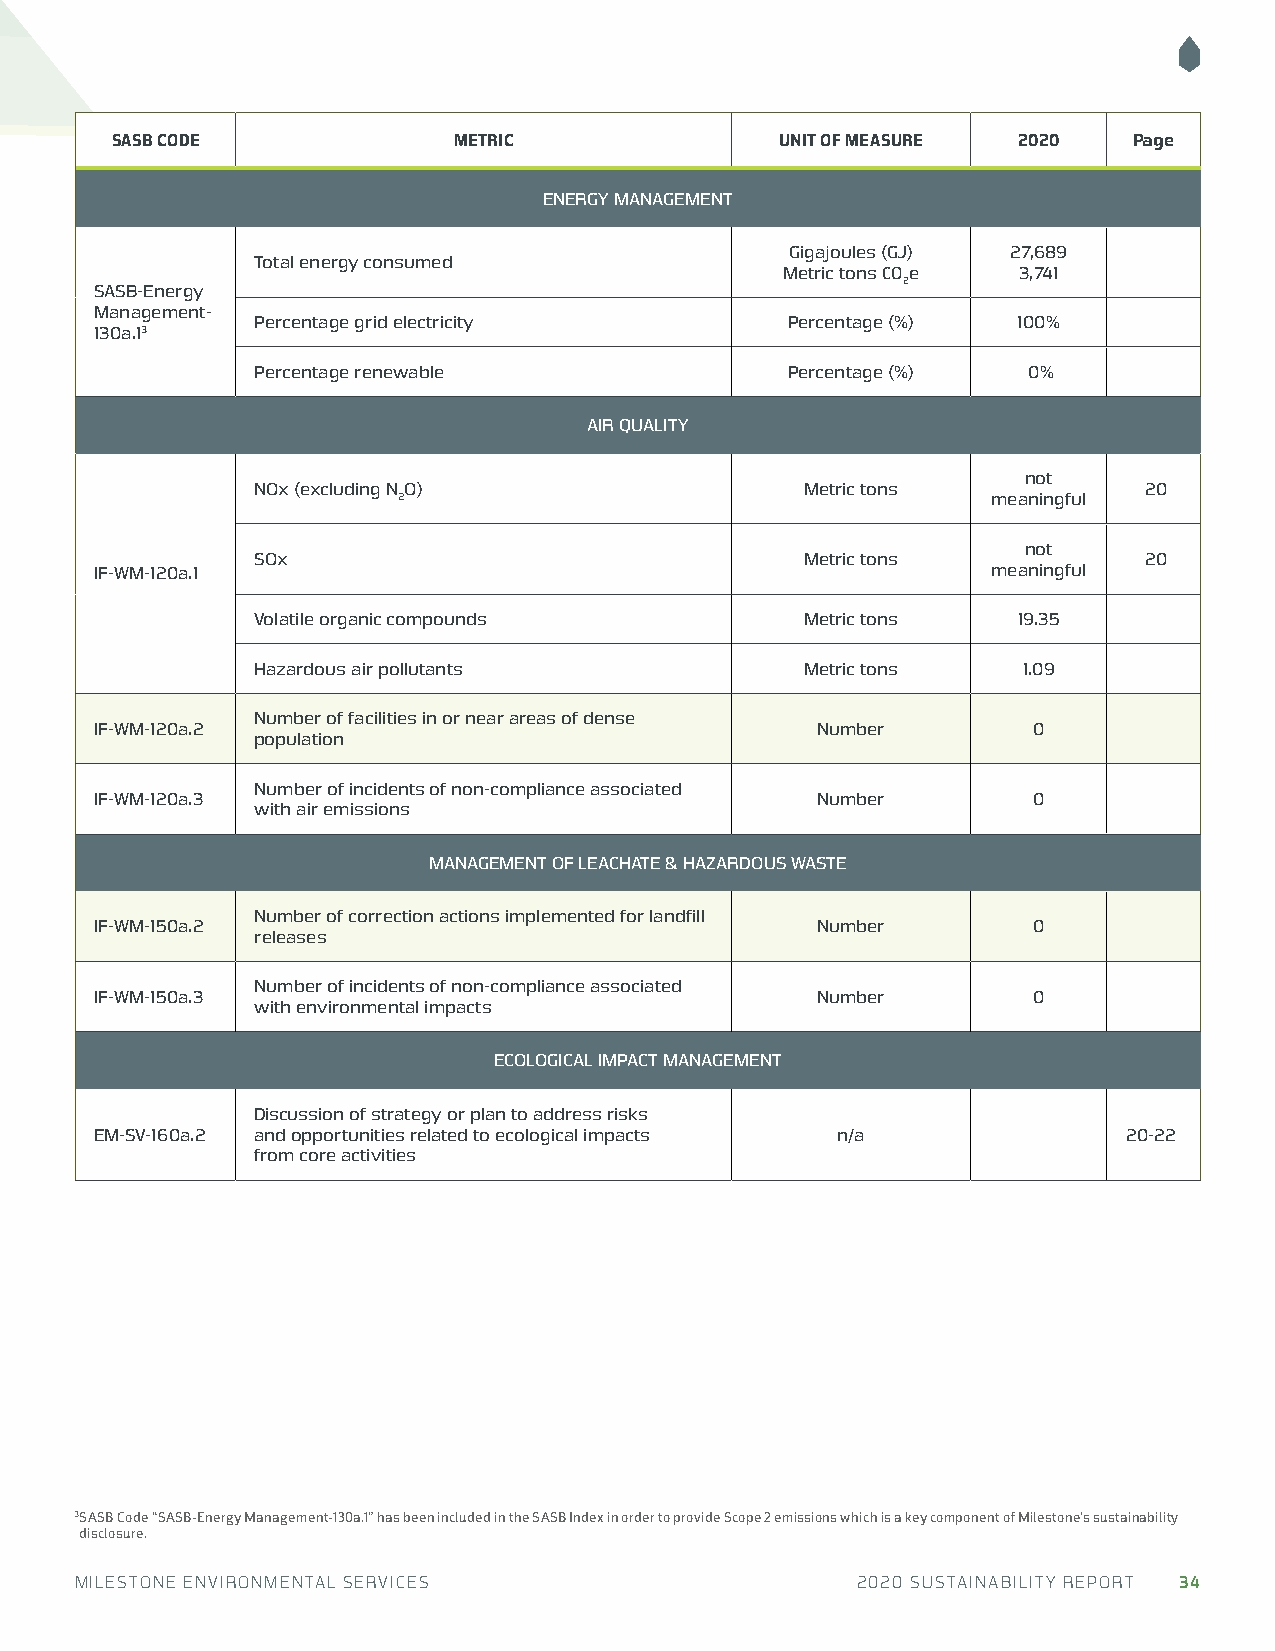
SASB CODE              METRIC                UNIT OF MEASURE 2020   Page
 ENERGY MANAGEMENT
 Gigajoules (GJ) 27,689
 Total energy consumed
 Metric tons CO e 3,741
 2
 SASB-Energy
 Management-
 Percentage grid electricity        Percentage (%) 100%
 130a.13
 Percentage renewable               Percentage (%)  0%
 AIR QUALITY
 not
 NOx (excluding N O)                 Metric tons            20
 2                                       meaningful
 not
 SOx                                 Metric tons            20
 IF-WM-120a.1                                                meaningful
 Volatile organic compounds          Metric tons   19.35
 Hazardous air pollutants            Metric tons    1.09
 Number of facilities in or near areas of dense
 IF-WM-120a.2                                    Number        0
 population
 Number of incidents of non-compliance associated
 IF-WM-120a.3                                    Number        0
 with air emissions
 MANAGEMENT OF LEACHATE & HAZARDOUS WASTE
 Number of correction actions implemented for landfill
 IF-WM-150a.2                                    Number        0
 releases
 Number of incidents of non-compliance associated
 IF-WM-150a.3                                    Number        0
 with environmental impacts
 ECOLOGICAL IMPACT MANAGEMENT
 Discussion of strategy or plan to address risks
 EM-SV-160a.2 and opportunities related to ecological impacts n/a     20-22
 from core activities
 3 SASB Code “SASB-Energy Management-130a.1” has been included in the SASB Index in order to provide Scope 2 emissions which is a key component of Milestone’s sustainability
 disclosure.
 MILESTONE ENVIRONMENTAL SERVICES                    2020 SUSTAINABILITY REPORT 34